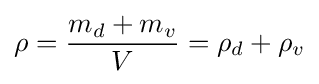
\rho ={\frac {m_{d}+m_{v}}{V}}=\rho _{d}+\rho _{v}